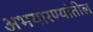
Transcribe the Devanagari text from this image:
अभयारण्यांतील